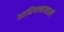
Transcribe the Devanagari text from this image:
आधिपत्त्याखाली